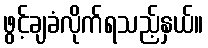
ဖွင့်ချခံလိုက်ရသည့်နှယ်။